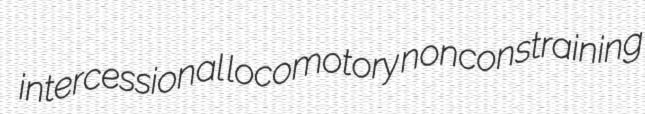
intercessional locomotory nonconstraining